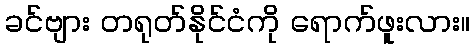
ခင်ဗျား တရုတ်နိုင်ငံကို ရောက်ဖူးလား။